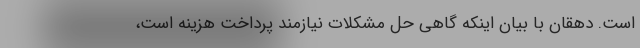
است. دهقان با بیان اینکه گاهی حل مشکلات نیازمند پرداخت هزینه است،